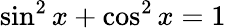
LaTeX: \sin^{2}x+\cos^{2}x=1